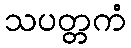
သပတ္တကံ